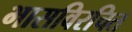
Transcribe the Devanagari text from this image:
भासविरचित